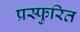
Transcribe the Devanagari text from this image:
प्रस्फुरित